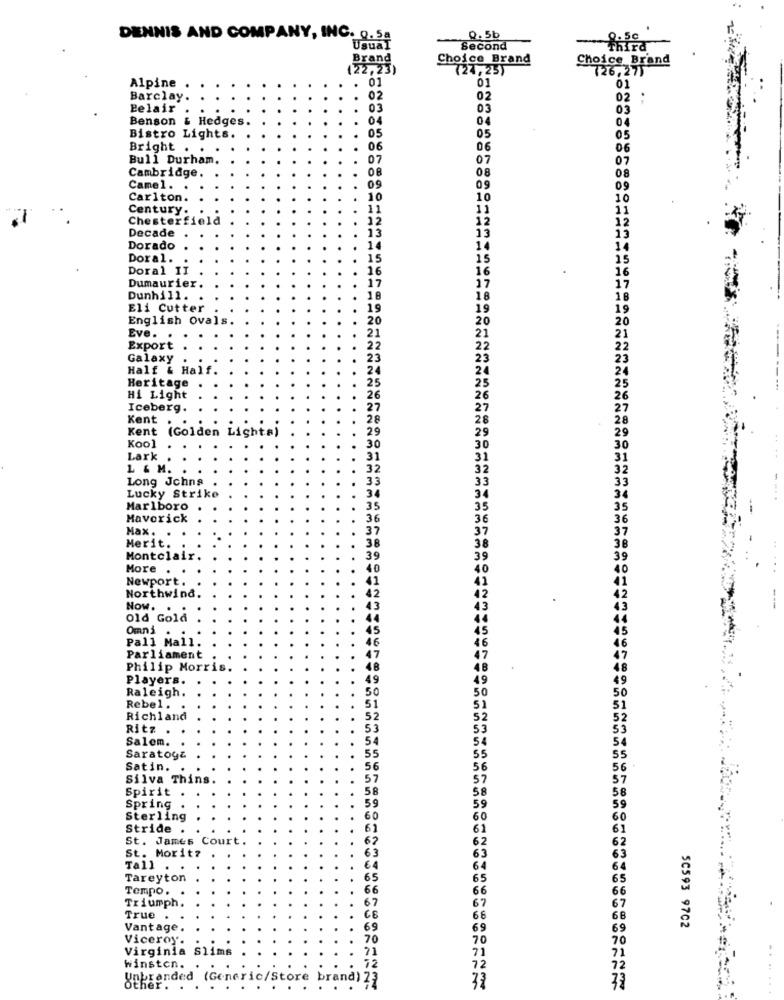
DENNIS AND COMPANY, INC. 0.5a
0.5b
Usual
Second
Brand
Choice Brand
Choice Brand
(24,25)
126.27)
01
01
Alpine
01
Barclay
02
02
02
.
Pelair
03
03
03
Benson & Hedges.
04
04
04
05
Bistro Lights.
05
05
Bright .
06
06
06
Bull Durham.
07
07
07
Cambridge
08
08
08
Camel. .
09
09
09
Carlton
10
10
Century.
11
11
Chesterfield
12
12
Decade
13
13
Dorado
14
14
Doral.
15
15
Doral II
16
Dumaurier.
17
Dunhill.
18
18
Eli Cutter
19
English Ovals
20
20
21
Eve.
21
Export
22
22
Galaxy
23
23
Half & Half.
24
24
Heritage
25
25
Hi Light
26
26
Iceberg.
27
27
Kent
28
28
Kent (Golden Lights)
29
29
Kool
30
30
30
....
Lark
31
31
L & M.
32
32
Long Johns
33
33
-.
Lucky Strike
34
Marlboro
35
Maverick
36
Max .
37
Merit.
38
Montclair
39
39
More
.
40
40
..
Newport.
41
Northwind.
42
42
Now.
43
Old Gold
44
Omni
.
45
45
Pall Mall.
16
46
Parliament
47
47
Philip Morris.
48
48
Players.
49
49
49
Raleigh.
50
50
50
51
Rebel.
51
Richland
52
52
Ritz . .
53
53
Salem.
54
54
55
Saratoga
55
Satin.
56
56
56
Silva Thins.
57
57
Spirit
58
58
59
Spring
59
Sterling
60
60
60
Stride .
61
61
61
St. James Court
62
62
St. Moritz
63
63
63
Tall . .
€4
64
Tareyton
65
65
65
Tempo.
66
66
Triumph.
67
67
True
66
Vantage.
69
69
SC593 9702
Viceroy.
70
70
Virginia Slims
71
72
71
winston.
72
branded (Generic/Store brand) 72
32
other.
.. .
...